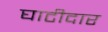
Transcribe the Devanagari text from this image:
घाटीदार